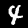
Label: 4